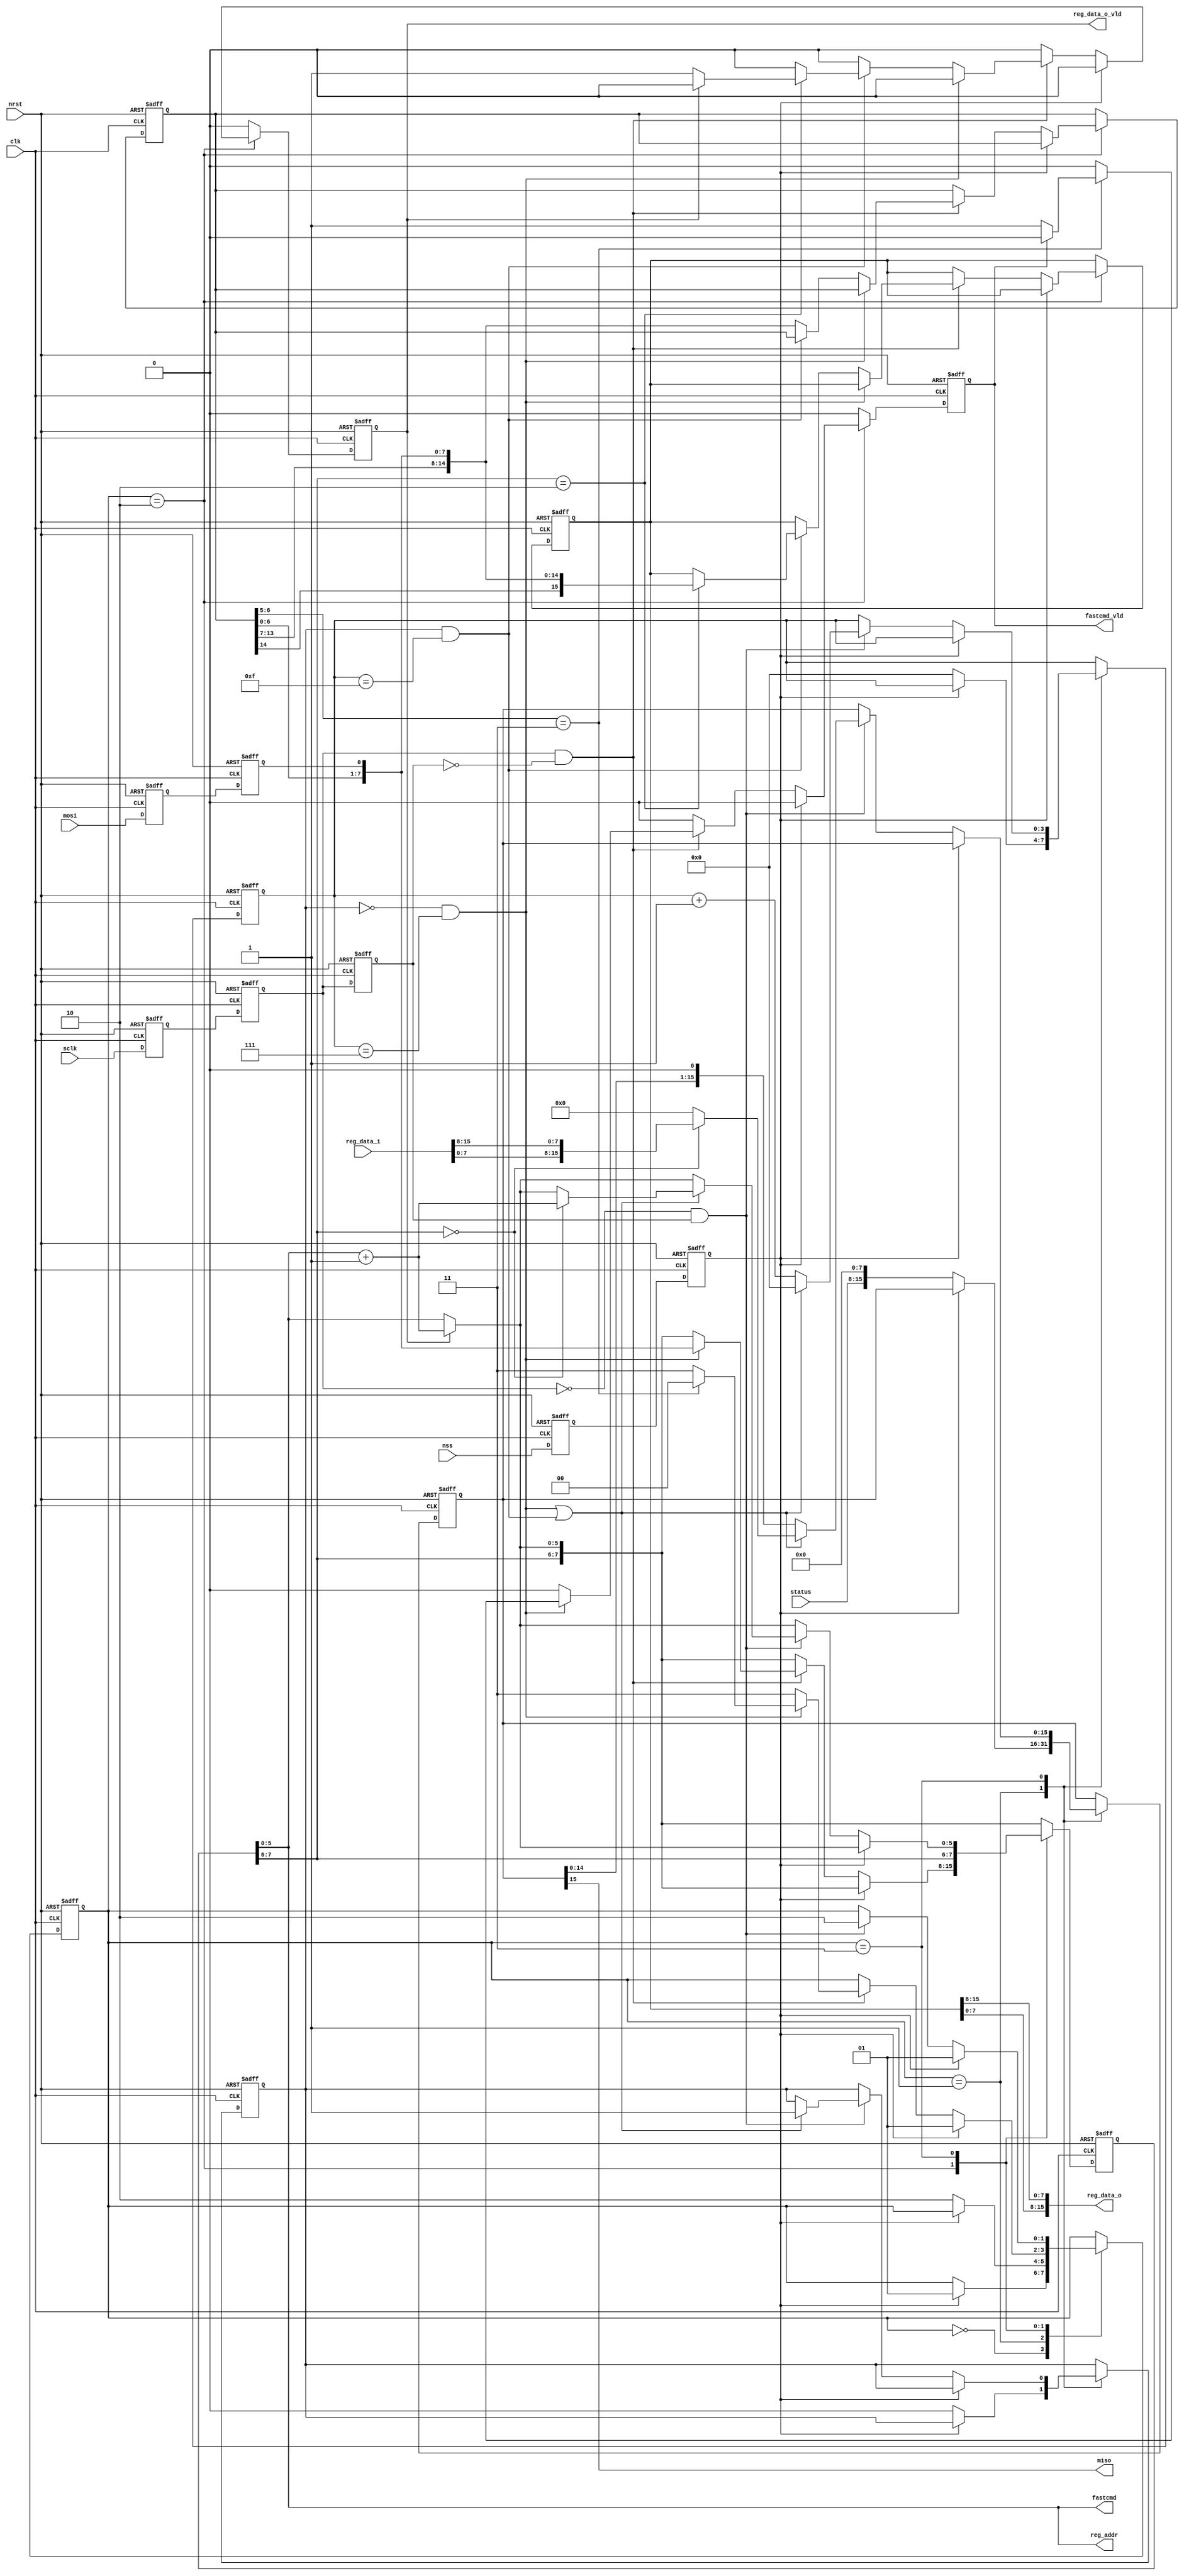
module spireg #(
    parameter ADDR_W = 6,   //1~6
    parameter REG_W = 16    //8, 16, 24, 32, ..., 64
) (
    input clk,
    input nrst,
    input mosi,
    output miso,
    input sclk,
    input nss,
    output [ADDR_W-1:0] reg_addr,
    input [REG_W-1:0] reg_data_i,
    output [REG_W-1:0] reg_data_o,
    output reg reg_data_o_vld,
    input [7:0] status,
    output [5:0] fastcmd,
    output reg fastcmd_vld
);

reg mosi1, mosi2;
reg sclk1, sclk2, sclk3;
reg nss1, nss2, nss3;

reg [REG_W-2:0] mosi_sr;
wire [REG_W-1:0] isr; 
reg [REG_W-1:0] osr;
reg [7:0] cmd;  //00_xxxxxx = read, 10_xxxxxx = write, 11_xxxxxx = fastcmd
reg cmd_vld;

wire [5:0] new_reg_addr;
wire [REG_W-1:0] reg_data_i_be;
reg [REG_W-1:0] reg_data_o_be; 

reg [$clog2(REG_W)-1:0] cnt; 
reg [1:0] state;

wire sclk_samp, sclk_upd, sel, desel, nss_val;

assign isr = {mosi_sr, mosi2};
assign miso = osr[REG_W-1];
assign reg_addr = cmd[ADDR_W-1:0];
assign new_reg_addr = reg_addr + 1;
assign fastcmd = cmd[5:0];

generate 
genvar i;
for(i = 0; i < REG_W / 8; i = i + 1) begin
    integer j = REG_W / 8 - 1 - i;
    assign reg_data_i_be[(i*8)+:8] = reg_data_i[(j*8)+:8];
    assign reg_data_o[(i*8)+:8] = reg_data_o_be[(j*8)+:8];
end
endgenerate

localparam cmd_reg_rd = 2'b00;
localparam cmd_reg_wr = 2'b10;
localparam cmd_fastcmd = 2'b11;

always @(posedge clk or negedge nrst)
if(!nrst) begin
    mosi_sr <= 0;
    osr <= 0;
    cmd <= 0;
    cmd_vld <= 0; 
    reg_data_o_be <= 0;
    reg_data_o_vld <= 0;
    fastcmd_vld <= 0;
    cnt <= 0;
    state <= 2'd0;
end else begin
    if(reg_data_o_vld) begin
        reg_data_o_vld <= 0;
        //read or write is done, increase addr
        cmd <= {cmd[7:6], new_reg_addr};
    end
    if(fastcmd_vld) fastcmd_vld <= 0;
    case(state)
    2'd0: if(nss_val) begin     //wait for deselect
            state <= 2'd1;
        end          
    2'd1: if(!nss_val) begin    //idle state
            cmd_vld <= 0;
            cnt <= 0;    
            osr <= {status, {(REG_W-8){1'b0}}};
            state <= 2'd2;
        end
    2'd2: if(nss_val) begin  //samp input
            state <= 2'd1;
        end else if(sclk_samp) begin
            if(!cmd_vld && (cnt == 4'd7)) begin
                //receive cmd
                cmd <= isr;
                if(isr[7:6] == cmd_fastcmd) begin
                    //output fastcmd
                    if(!fastcmd_vld) fastcmd_vld <= 1;
                    //do not receive more data, go wait state
                    state <= 2'd0;
                end else begin
                    //go update state
                    state <= 2'd3;
                end
            end else if(cmd_vld && (cnt == (REG_W-1))) begin
                //cmd_reg_wr
                if(cmd[7:6] == cmd_reg_wr) begin
                    //transfer isr to reg
                    reg_data_o_be <= isr;
                    if(!reg_data_o_vld) reg_data_o_vld <= 1;
                end
                //go update state
                state <= 2'd3;
            end else begin
                //shifting input to sr
                mosi_sr <= isr[REG_W-2:0];
                state <= 2'd3;
            end
        end
    2'd3: if(nss_val) begin  //update output
            state <= 2'd1;
        end else if(sclk_upd) begin
            if((!cmd_vld && (cnt == 4'd7)) ||
               (cmd_vld && (cnt == (REG_W-1)))) begin
                //cmd is valid after 8bits received
                if(!cmd_vld) cmd_vld <= 1;
                //cmd_reg_wr: data already transferred
                if(cmd[7:6] == cmd_reg_rd) begin
                    //cmd_reg_rd: transfer data and increase addr
                    osr <= reg_data_i_be;
                    cmd <= {cmd[7:6], new_reg_addr};
                end else begin
                    //otherwise, transfer zero back to host
                    osr <= {REG_W{1'b0}};
                end
                //reset bit counter
                cnt <= 0;
                //go sample state
                state <= 2'd2;
            end else begin
                //shifting sr to output
                osr <= {osr[REG_W-2:0], 1'b0};
                cnt <= cnt + 1;
                state <= 2'd2; 
            end
        end
    endcase 
end

assign sclk_samp = sclk2 && (!sclk3);   //rising edge
assign sclk_upd = (!sclk2) && sclk3;    //falling edge
assign nss_val = nss2;

always @(posedge clk or negedge nrst)
if(!nrst) begin
    mosi1 <= 0;
    mosi2 <= 0;
    sclk1 <= 0;
    sclk2 <= 0;
    sclk3 <= 0;
    nss1 <= 0;
    nss2 <= 0;
end else begin
    mosi1 <= mosi;
    mosi2 <= mosi1;
    sclk1 <= sclk;
    sclk2 <= sclk1;
    sclk3 <= sclk2;
    nss1 <= nss;
    nss2 <= nss1;
end

endmodule